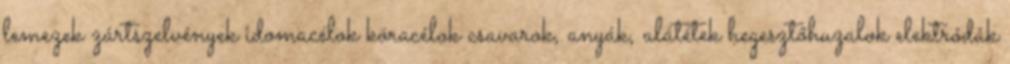
lemezek zártszelvények idomacélok köracélok csavarok, anyák, alátétek hegesztőhuzalok elektródák